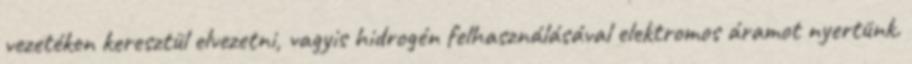
vezetéken keresztül elvezetni, vagyis hidrogén felhasználásával elektromos áramot nyertünk.